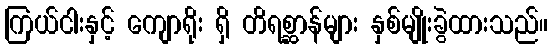
ကြယ်ငါးနှင့် ကျောရိုး ရှိ တိရစ္ဆာန်များ နှစ်မျိုးခွဲထားသည်။